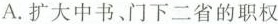
A.扩大中书、门下二省的职权